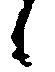
候